Vaccination in Bombay 1869-1873 - 1869-1873
Year: 1869
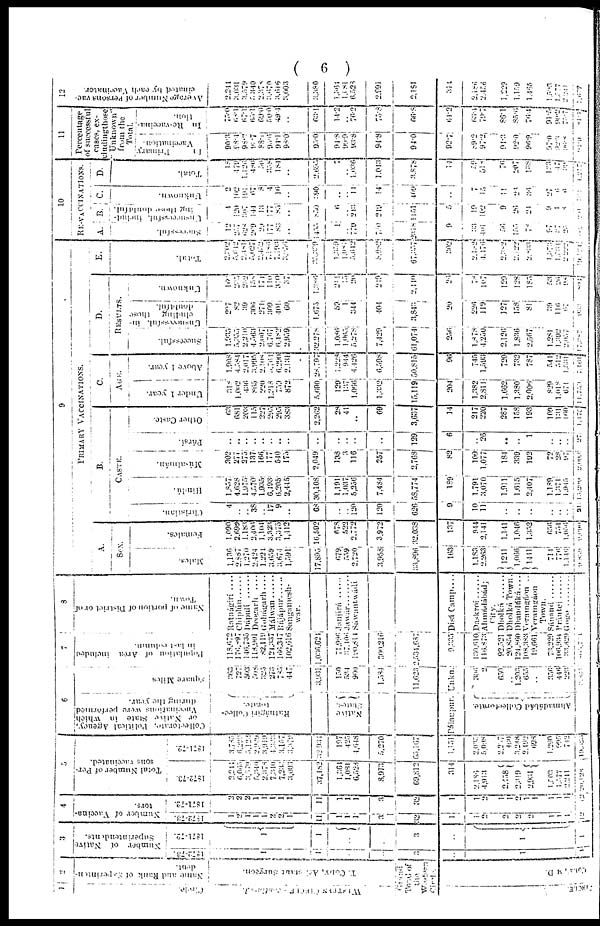
(
6 )
1
Circle.
WESTERN CIRCLE- Continued.
2
Name
and
Rank
of
Superinten¬
dent.
T. COLY, Assistent Surgeon.
Grand
Total of
the
Western
Circle.
CIRCLE
COLY ,M.D.
3
Number of Native
Superintendents.
1872-73
1
1
..
..
3
..
1
1
1871-72
1
1
..
..
3
..
1
1
4
Number of Vaccina-
tors.
1872-73
1
2
1
1
1
2
2
1
11
1
1 1
3
32
1
1
2
2
2
2
1
1
1
12
1871-72
2
2
2
1
1
1
1
1
11
1
1
1
3
32
1
1
2
1
1
2
1
1
1
1
1
2
5
Total Number of Per¬
sons vaccinated.
1872-73
2,211
6,065
3,579
5,340
2,378
7,340
7,232
3,003
37,182
l,364
1,081
6,528
8,973
69,812
314
2,186
4,913
2,458
2,319
2,931
1,503
1,577
2,211
20,128
1871-72
3,785
6,293
5,122
2,929
3,919
4 ,333
3,157
3,379
32,931
197
425
4,648
5,270
65,107
1,151
2,035
5,098
2,237
490
3,248
2,492
698
1,290
995
712
19,325
6
Collectorate,
Political
Agency,
or
Native
State
in
which
Vaccinations
were
performed
during
the
year.
Rutnágiri Collec¬
torate.
Native
States.
Pálanpur.
Ahmadábád Collectorate.
Square Miles
263
727
503
508
325
273
785
447
3,931
150
534
900
1,584
11,623
Unkn.
306
2
650
..
1,203
655
..
356
446
223
3861
7
P o p u l a t i o n of Area included
in last column.
118,672
176,897
146,735
118,901
82,119
121,337
166,347
102,616
1,036,624
71,996
37,406
190,814
300,216
2,534,687
9,335
130,610
116,873
92,521
20,854
124,860
108,383
19,661
73,229
196,901
33,329
80,571
8
Name of portion of District or of
Town.
Ratnágirí ....
Chiplún
Dápulí ......
Deogarh
....
Gohágarh....
Málwan
Rájápur ......
Sangamesh¬
war.
Janjíeá
Jawár ........
Sáwantwádí
Disá Camp....
Daskroí
Ahmádábád
City.
Dholká
Dholká Town.
Dhandútká....
Veramgáon
Veramgáon
Town.
Sánand
Prántej
Gogo
9
PRIMARY VACCINATIONS.
A.
SEX.
Males.
1,136
2,887
1,270
2,424
1,221
3,659
3,674
1,591
17,895
679
559
2,720
3,958
33,896
163
1,183
2.263
1241
l,066
1441
711
776
1,146
9,830
Females.
1,090
2,699
1,183
2,406
1,104
3,323
3,375
1,412
16,592
678
522
2,772
3,972
32,038
137
944
2,141
1,141
1,046
1,352
656
754
1,056
9,090
B.
CASTE.
Christian.
4
..
..
38
..
17
9
..
68
..
..
120
120
626
9
10
11
..
..
..
..
..
..
21
Hindú.
1,857
4,628
1,975
4,570
1,935
6,193
6,205
2,445
30,108
1,191
1,037
5,256
7,484
58,774
189
1,791
3,070
1,911
1,615
2,407
1,189
1,371
1,945
15209
Músalmán.
302
277
275
137
166
177
540
175
2,049
138
3
116
257
2,768
82
169
1,077
184
339
192
72
28
97
2,093
Pársí.
..
..
..
..
..
..
..
..
..
..
..
..
..
129
6
..
26
..
..
1
..
..
..
27
Other Caste.
63
681
203
115
227
295
295 383
2,262
28
41
..
69
3,637
14
217
220
287
158
193
109
131
160
1,475
C.
AGE.
Under 1 year.
318
1,002
436
865
220
1,218
759
872
5,690
129
137
1,056
1,332
15,119
204
1,382
2,811
1,662
1,380
2,006
829
1,018
671
11,759
Above 1 year.
1,908
4,584
2,017
3,995
2,108
5,764
6,290
2,131
28,797
1,228
944
4,126
6,598
50,815
96
745
1,593
720
732
787
541
512
1,531
7,161
D.
RESULTS.
Successful.
1,935
5,355
2,210
4,563
2,007
6,767
6,482
2,959
32,278
1,086
1,065
5,278
7,129
61,074
256
1,878
4,250
2,120
1,830
2,567
1,281
1,392
2,057
17,387
Unsuccessful, in¬
cluding
those
doubtful.
207
82
39
306
271
309
401
60
1,075
50
1
344
404
3,843
20
226
119
127
158
81
39
116
67
933
Unknown.
167
235
232
158
174
110
310
37
1,386
211
15
20
219
2,410
26
78
107
129
128
185
53
26
98
893
E.
Total.
2,202
5,612
2,181
5,027
2,452
7,186
7,193
3,056
35,339
1,359
1,081
5,642
8,082
67,357
202
2,182
4,176
2,382
2,022
2,833
1,373
1,356
2,222
19,131
10
RE-VACCINATIONS.
A.
Successful.
12
257 628
269
29
177
83
..
1,455
1
..
779
780
2318
9
33
401
56
155
78
97
27
25
82
B.
Unsuccessful includ¬
ing those doubtful.
4
120
307
144
13
177
85
..
850
6
..
213
219
1151
5
19
102
9
26
24
9
1
8
201
C.
Unknown.
2
102
191
67
8
4
10
..
390
..
..
11
14
409
..
7
15
11
26
36
27
6
6
104
D.
Total.
18
479
1,126
480
50
358 184
..
2,695
7
..
1,036
1,043
3,878
14
59
518
76
207
138
123
47
39
1,217
11
Percentage
of successful
eases, ex¬
cluding those
" Unknown"
from the
Total.
Primary
Vaccination.
90.3
98.4
98.2
90.7
88.1
95.6
94,1
98.0
95.0
94.8
99.9
99.8
94.8
94.0
92.7
89.2
97.2
94.3
92.0
96.9
97.0
92.6
96.8
91.3
In
Re-vaccina¬
tion.
75.0
68.1
67.1
65.1
69.0
50.0
49.4
..
63.1
14.2
..
76.2
75.8
66.8
64.2
65.4
70.7
86.1
85.5
70.4
91.5
90.2
75.7
81.4
12
Average Number of Persons vac-
cinated by each Vaccinator.
2,241
3,031
3,579
5,340
2,378
3,670
3,616
3,003
3,380
1,361
1,181
6,528
2,991
2,181
374
2,186
2456
1,229
1,159
1,465
1,503
1,577
2,241
1,677